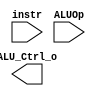
/***************************************************
Student Name: 
Student ID: 
***************************************************/

`timescale 1ns/1ps

module ALU_Ctrl(
	input		[4-1:0]	instr,
	input		[2-1:0]	ALUOp,
	output wire	[4-1:0] ALU_Ctrl_o
	);


endmodule